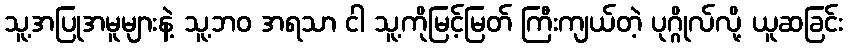
သူ့အပြုအမူများနဲ့ သူ့ဘဝ အရသာ ငါ သူ့ကိုမြင့်မြတ် ကြီးကျယ်တဲ့ ပုဂ္ဂိုလ်လို့ ယူဆခြင်း